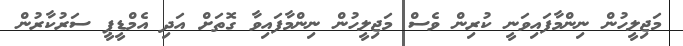
މަޖިލީހުން ނިންމާފައިވަނީ ކުރިން ވެސް މަޖިލީހުން ނިންމާފައިވާ ގޮތަށް އަދި އެމްޑީޕީ ސަރުކާރުން